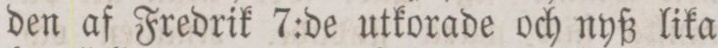
den af Fredrik 7:de utkorade och nyß lika